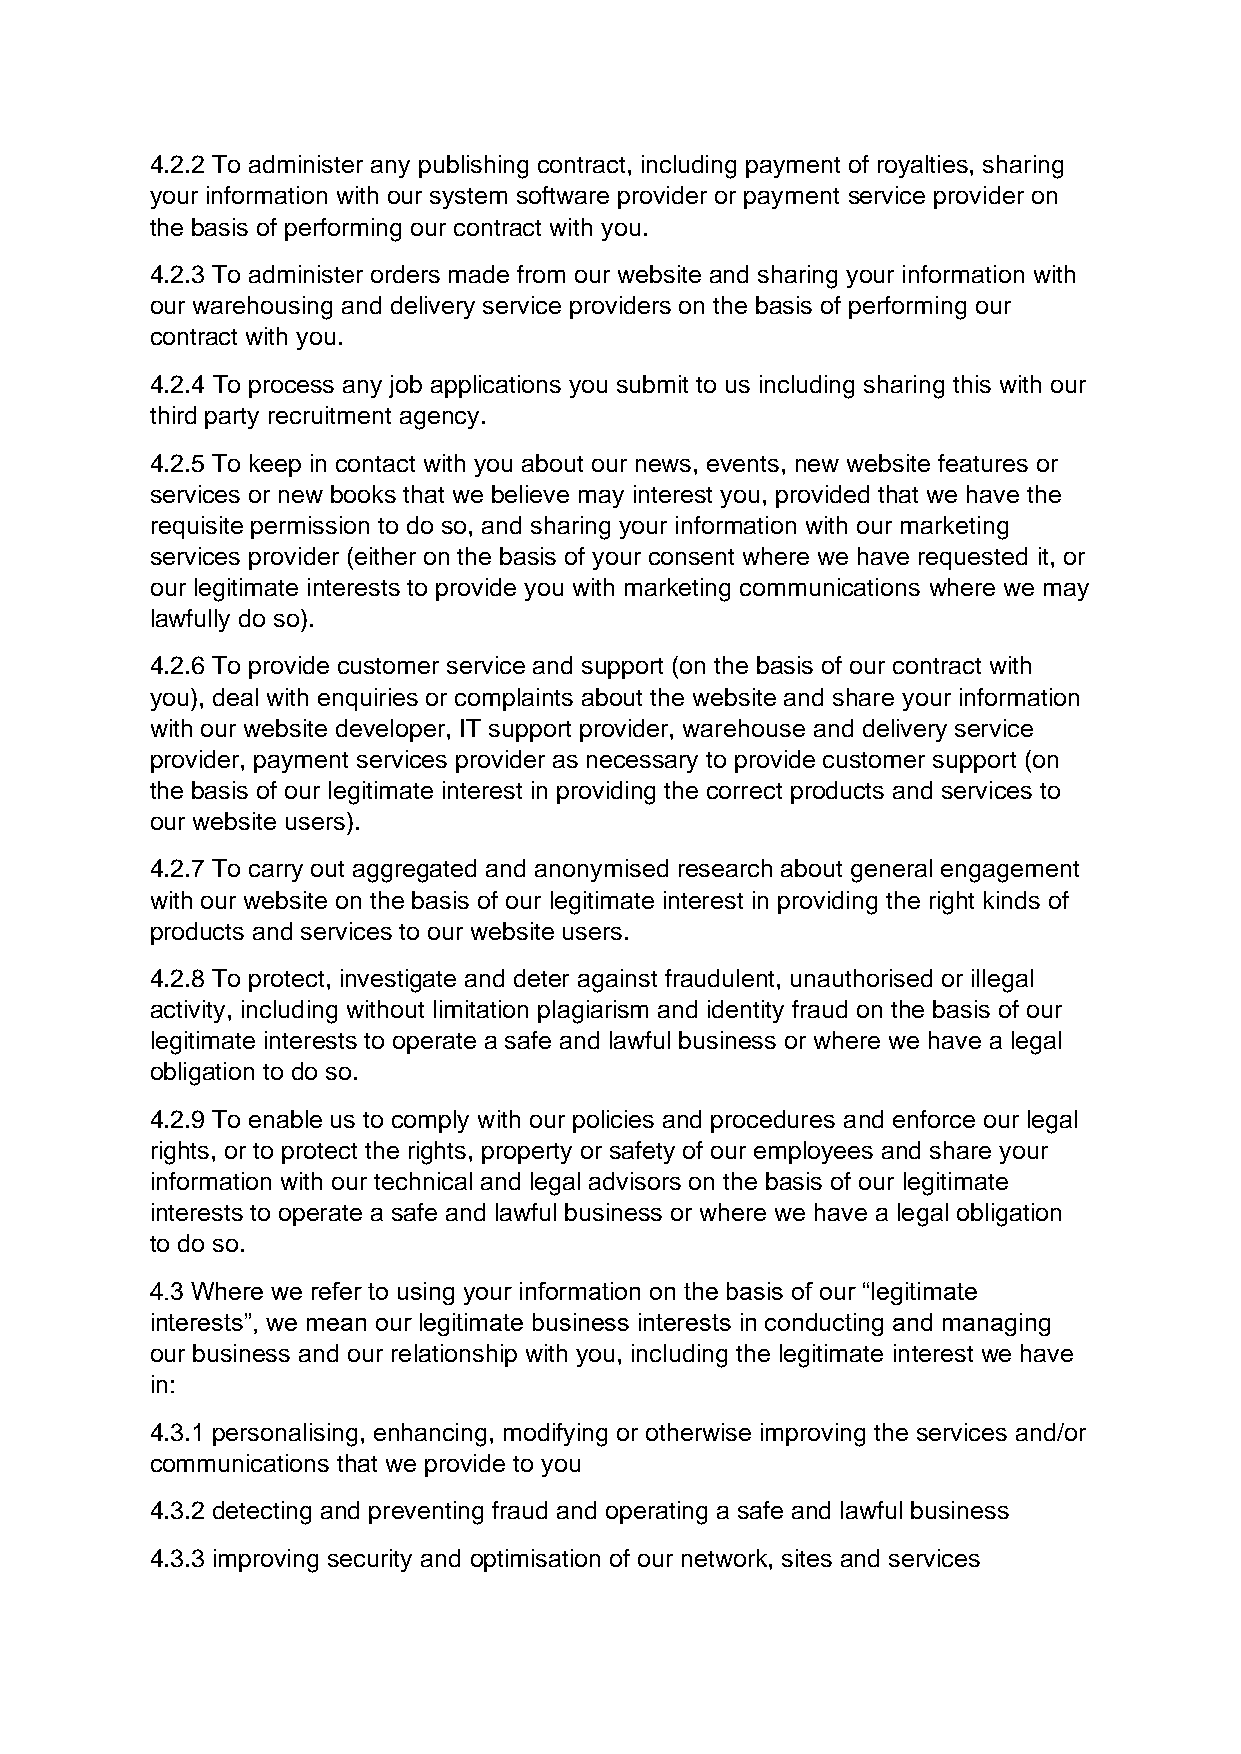
4.2.2 To administer any publishing contract, including payment of royalties, sharing
 your information with our system software provider or payment service provider on
 the basis of performing our contract with you.
 4.2.3 To administer orders made from our website and sharing your information with
 our warehousing and delivery service providers on the basis of performing our
 contract with you.
 4.2.4 To process any job applications you submit to us including sharing this with our
 third party recruitment agency.
 4.2.5 To keep in contact with you about our news, events, new website features or
 services or new books that we believe may interest you, provided that we have the
 requisite permission to do so, and sharing your information with our marketing
 services provider (either on the basis of your consent where we have requested it, or
 our legitimate interests to provide you with marketing communications where we may
 lawfully do so).
 4.2.6 To provide customer service and support (on the basis of our contract with
 you), deal with enquiries or complaints about the website and share your information
 with our website developer, IT support provider, warehouse and delivery service
 provider, payment services provider as necessary to provide customer support (on
 the basis of our legitimate interest in providing the correct products and services to
 our website users).
 4.2.7 To carry out aggregated and anonymised research about general engagement
 with our website on the basis of our legitimate interest in providing the right kinds of
 products and services to our website users.
 4.2.8 To protect, investigate and deter against fraudulent, unauthorised or illegal
 activity, including without limitation plagiarism and identity fraud on the basis of our
 legitimate interests to operate a safe and lawful business or where we have a legal
 obligation to do so.
 4.2.9 To enable us to comply with our policies and procedures and enforce our legal
 rights, or to protect the rights, property or safety of our employees and share your
 information with our technical and legal advisors on the basis of our legitimate
 interests to operate a safe and lawful business or where we have a legal obligation
 to do so.
 4.3 Where we refer to using your information on the basis of our “legitimate
 interests”, we mean our legitimate business interests in conducting and managing
 our business and our relationship with you, including the legitimate interest we have
 in:
 4.3.1 personalising, enhancing, modifying or otherwise improving the services and/or
 communications that we provide to you
 4.3.2 detecting and preventing fraud and operating a safe and lawful business
 4.3.3 improving security and optimisation of our network, sites and services